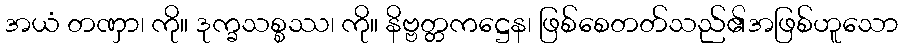
အယံ တဏှာ၊ ကို။ ဒုက္ခသစ္စဿ၊ ကို။ နိဗ္ဗတ္တကဋ္ဌေန၊ ဖြစ်စေတတ်သည်၏အဖြစ်ဟူသော